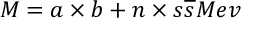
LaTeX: M = a \times b + n \times s \overline { { { s } } } M e v